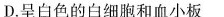
D.呈白色的白细胞和血小板